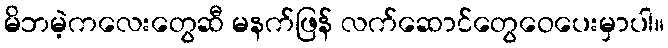
မိဘမဲ့ကလေးတွေဆီ မနက်ဖြန် လက်ဆောင်တွေဝေပေးမှာပါ။